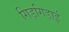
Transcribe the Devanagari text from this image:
गिड़गिड़ाई